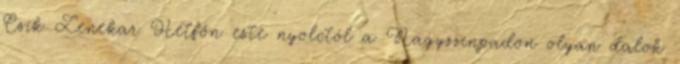
Csík Zenekar Hétfőn este nyolctól a Nagyszínpadon olyan dalok